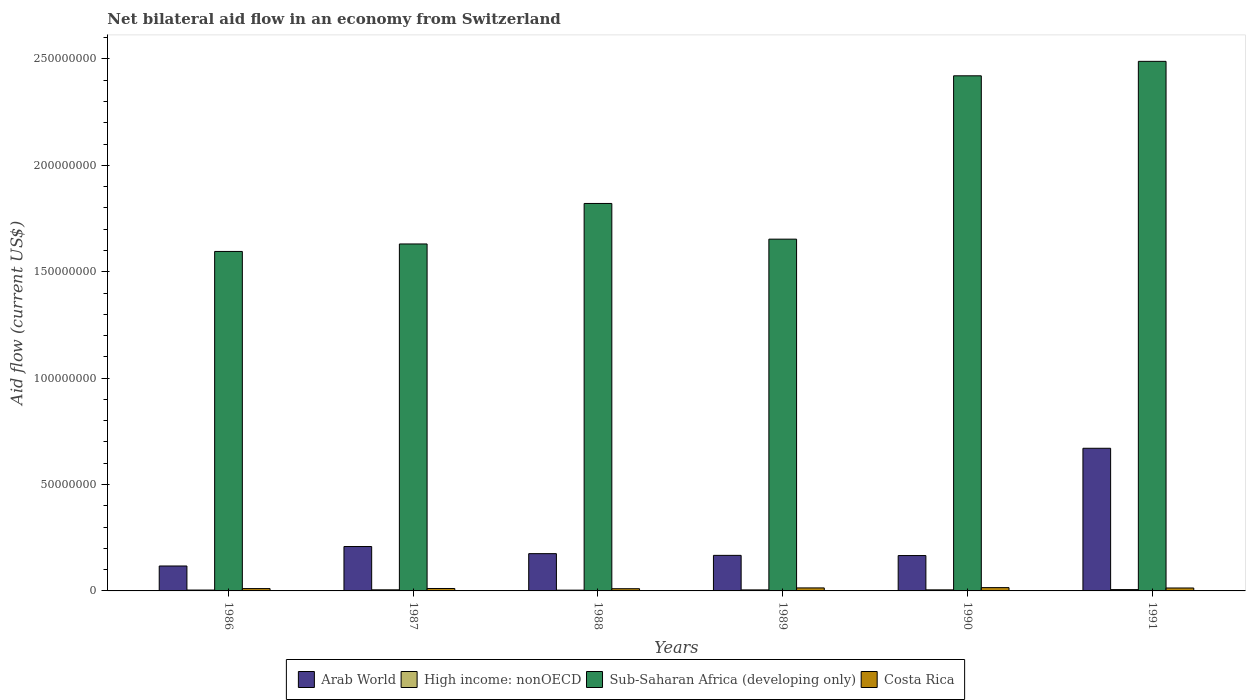
| Years | Arab World | High income: nonOECD | Sub-Saharan Africa (developing only) | Costa Rica |
 | --- | --- | --- | --- | --- |
 | 1986 | 1.17e+07 | 4.1e+05 | 1.6e+08 | 1.1e+06 |
 | 1987 | 2.09e+07 | 5.2e+05 | 1.63e+08 | 1.14e+06 |
 | 1988 | 1.75e+07 | 3.6e+05 | 1.82e+08 | 1.04e+06 |
 | 1989 | 1.67e+07 | 4.8e+05 | 1.65e+08 | 1.41e+06 |
 | 1990 | 1.66e+07 | 5e+05 | 2.42e+08 | 1.55e+06 |
 | 1991 | 6.7e+07 | 6.3e+05 | 2.49e+08 | 1.38e+06 |